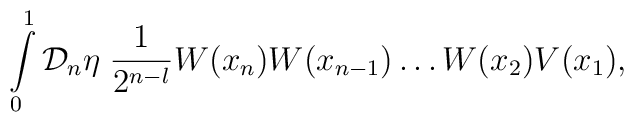
\int \limits_0^1 {\cal D}_n \eta \; \frac{1}{2^{n-l}}  W(x_n)W(x_{n-1}) \dots W(x_2)V(x_1),